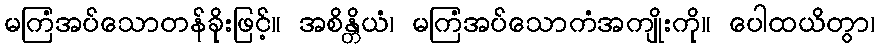
မကြံအပ်သောတန်ခိုးဖြင့်။ အစိန္တိယံ၊ မကြံအပ်သောကံအကျိုးကို။ ပေါထယိတွာ၊